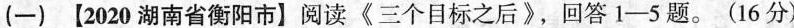
(一) 【2020湖南省衡阳市】阅读《三个目标之后?，回答1-5题。(16分)